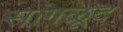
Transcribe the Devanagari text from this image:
सांगळूद